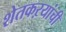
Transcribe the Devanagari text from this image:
शेतकऱयांची